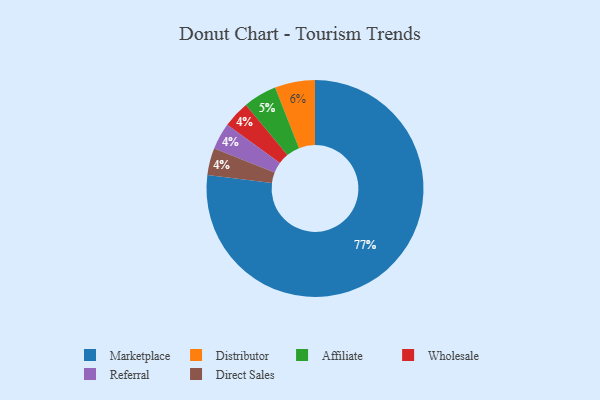
{"axis": {"x": "Category", "y": "Percentage"}, "legend": ["Affiliate", "Direct Sales", "Distributor", "Marketplace", "Referral", "Wholesale"], "data": [{"x": "Distributor", "y": 6, "type": "Distributor"}, {"x": "Affiliate", "y": 5, "type": "Affiliate"}, {"x": "Marketplace", "y": 77, "type": "Marketplace"}, {"x": "Wholesale", "y": 4, "type": "Wholesale"}, {"x": "Referral", "y": 4, "type": "Referral"}, {"x": "Direct Sales", "y": 4, "type": "Direct Sales"}]}